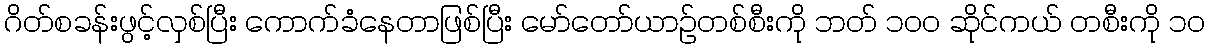
ဂိတ်စခန်းဖွင့်လှစ်ပြီး ကောက်ခံနေတာဖြစ်ပြီး မော်တော်ယာဉ်တစ်စီးကို ဘတ် ၁၀၀ ဆိုင်ကယ် တစီးကို ၁၀